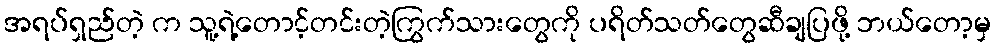
အရပ်ရှည်တဲ့ က သူ့ရဲ့တောင့်တင်းတဲ့ကြွက်သားတွေကို ပရိတ်သတ်တွေဆီချပြဖို့ ဘယ်တော့မှ